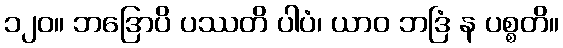
၁၂၀။ ဘဒြောပိ ပဿတိ ပါပံ၊ ယာဝ ဘဒြံ န ပစ္စတိ။